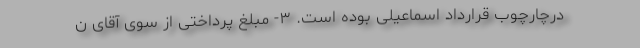
درچارچوب قرارداد اسماعیلی بوده است. ۳- مبلغ پرداختی از سوی آقای ن